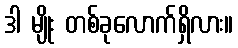
ဒါ မျိုး တစ်ခုလောက်ရှိလား။